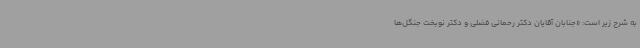
به شرح زیر است: «جنابان آقایان دکتر رحمانی فضلی و دکتر نوبخت جنگل‌ها